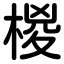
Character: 椶